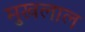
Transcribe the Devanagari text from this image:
मुखलाल